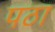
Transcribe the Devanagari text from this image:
पठा